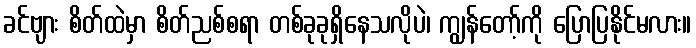
ခင်ဗျား စိတ်ထဲမှာ စိတ်ညစ်စရာ တစ်ခုခုရှိနေသလိုပဲ၊ ကျွန်တော့်ကို ပြောပြနိုင်မလား။